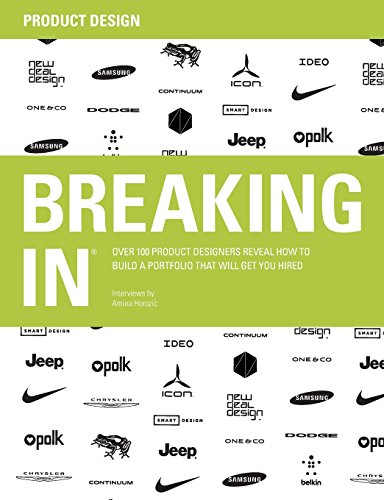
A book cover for BREAKING IN: Over 100 Product Designers Reveal How to Build a Portfolio That Will Get You Hired; Arts & Photography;